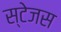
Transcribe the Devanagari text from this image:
स्टेजस